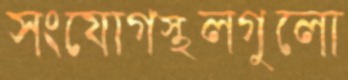
সংযোগস্থলগুলো